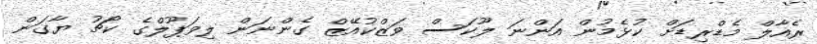
ރެއާލް މެޑްރިޑަށް ކުޅެމުން އަންނަ ލޫކަސް ވަޒްކުއޭޒް ގެންނަން ލިވަޕޫލްގެ ކޯޗު ޔާގަން